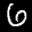
Label: 6